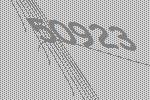
50923